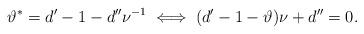
LaTeX: \begin{align*}\vartheta^*=d'-1-d'' \nu^{-1} \iff (d'-1-\vartheta )\nu +d''=0.\end{align*}